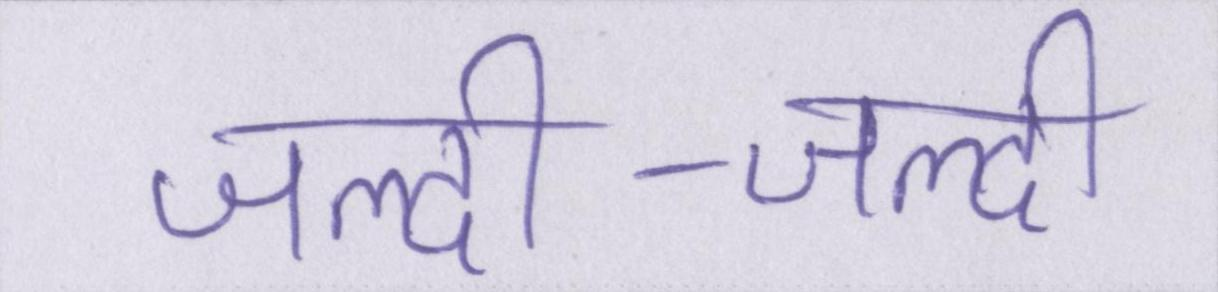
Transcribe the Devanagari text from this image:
जल्दी-जल्दी